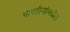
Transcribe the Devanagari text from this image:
भारतीयांमधील